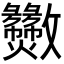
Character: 𫿫